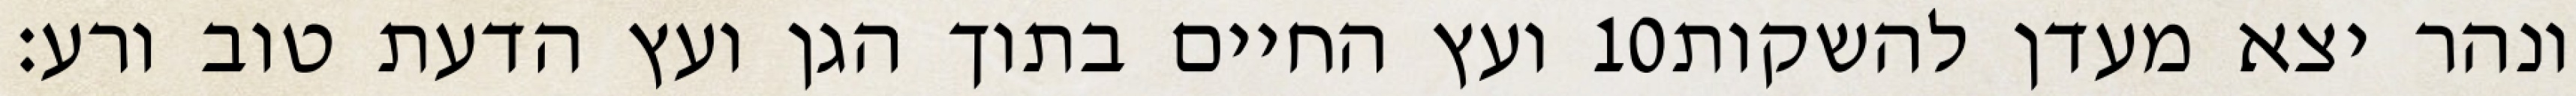
ועץ החיים בתוך הגן ועץ הדעת טוב ורע׃ ‎10‏ ונהר יצא מעדן להשקות